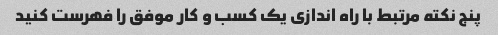
پنج نکته مرتبط با راه اندازی یک کسب و کار موفق را فهرست کنید